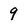
Character: 9